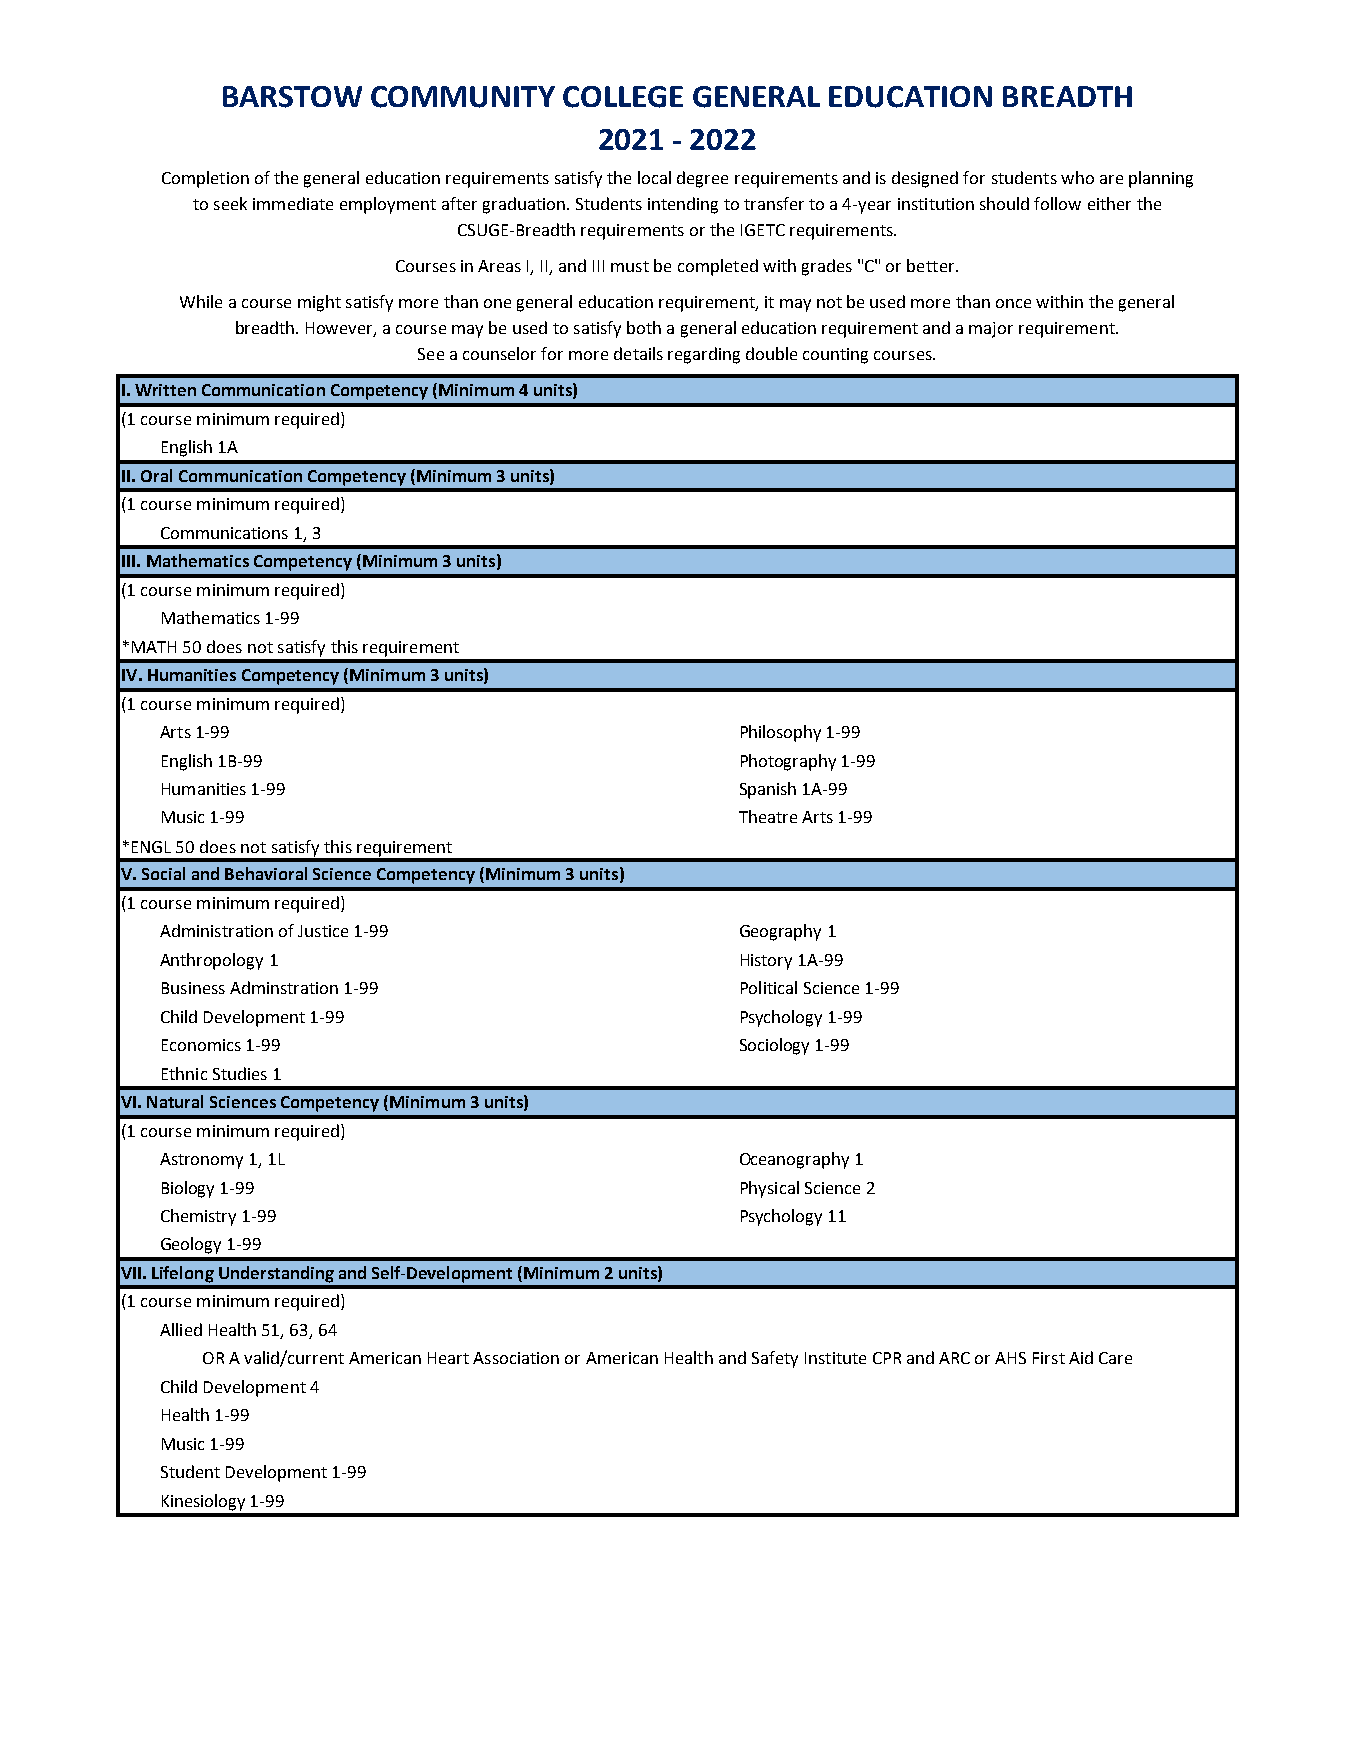
BARSTOW   COMMUNITY   COLLEGE  GENERAL  EDUCATION  BREADTH
 2021 - 2022
 Completion of the general education requirements satisfy the local degree requirements and is designed for students who are planning
 to seek immediate employment after graduation. Students intending to transfer to a 4-year institution should follow either the
 CSUGE-Breadth requirements or the IGETC requirements.
 Courses in Areas I, II, and III must be completed with grades "C" or better.
 While a course might satisfy more than one general education requirement, it may not be used more than once within the general
 breadth. However, a course may be used to satisfy both a general education requirement and a major requirement.
 See a counselor for more details regarding double counting courses.
 I. Written Communication Competency (Minimum 4 units)
 (1 course minimum required)
 English 1A
 II. Oral Communication Competency (Minimum 3 units)
 (1 course minimum required)
 Communications 1, 3
 III. Mathematics Competency (Minimum 3 units)
 (1 course minimum required)
 Mathematics 1-99
 *MATH 50 does not satisfy this requirement
 IV. Humanities Competency (Minimum 3 units)
 (1 course minimum required)
 Arts 1-99                             Philosophy 1-99
 English 1B-99                         Photography 1-99
 Humanities 1-99                       Spanish 1A-99
 Music 1-99                            Theatre Arts 1-99
 *ENGL 50 does not satisfy this requirement
 V. Social and Behavioral Science Competency (Minimum 3 units)
 (1 course minimum required)
 Administration of Justice 1-99        Geography 1
 Anthropology 1                        History 1A-99
 Business Adminstration 1-99           Political Science 1-99
 Child Development 1-99                Psychology 1-99
 Economics 1-99                        Sociology 1-99
 Ethnic Studies 1
 VI. Natural Sciences Competency (Minimum 3 units)
 (1 course minimum required)
 Astronomy 1, 1L                       Oceanography 1
 Biology 1-99                          Physical Science 2
 Chemistry 1-99                        Psychology 11
 Geology 1-99
 VII. Lifelong Understanding and Self-Development (Minimum 2 units)
 (1 course minimum required)
 Allied Health 51, 63, 64
 OR A valid/current American Heart Association or American Health and Safety Institute CPR and ARC or AHS First Aid Care
 Child Development 4
 Health 1-99
 Music 1-99
 Student Development 1-99
 Kinesiology 1-99